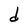
Character: d